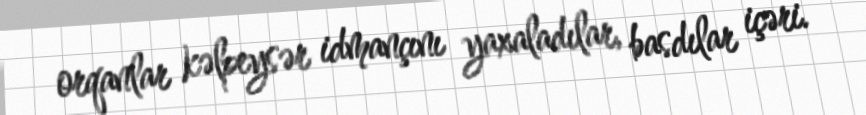
orqanlar kəlpeysər idmançını yaxaladılar, basdılar içəri.